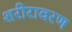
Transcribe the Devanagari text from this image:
शरीरावरण